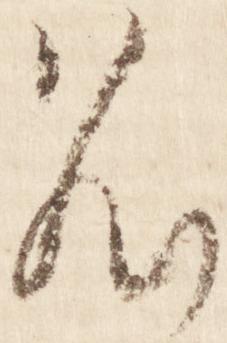
名